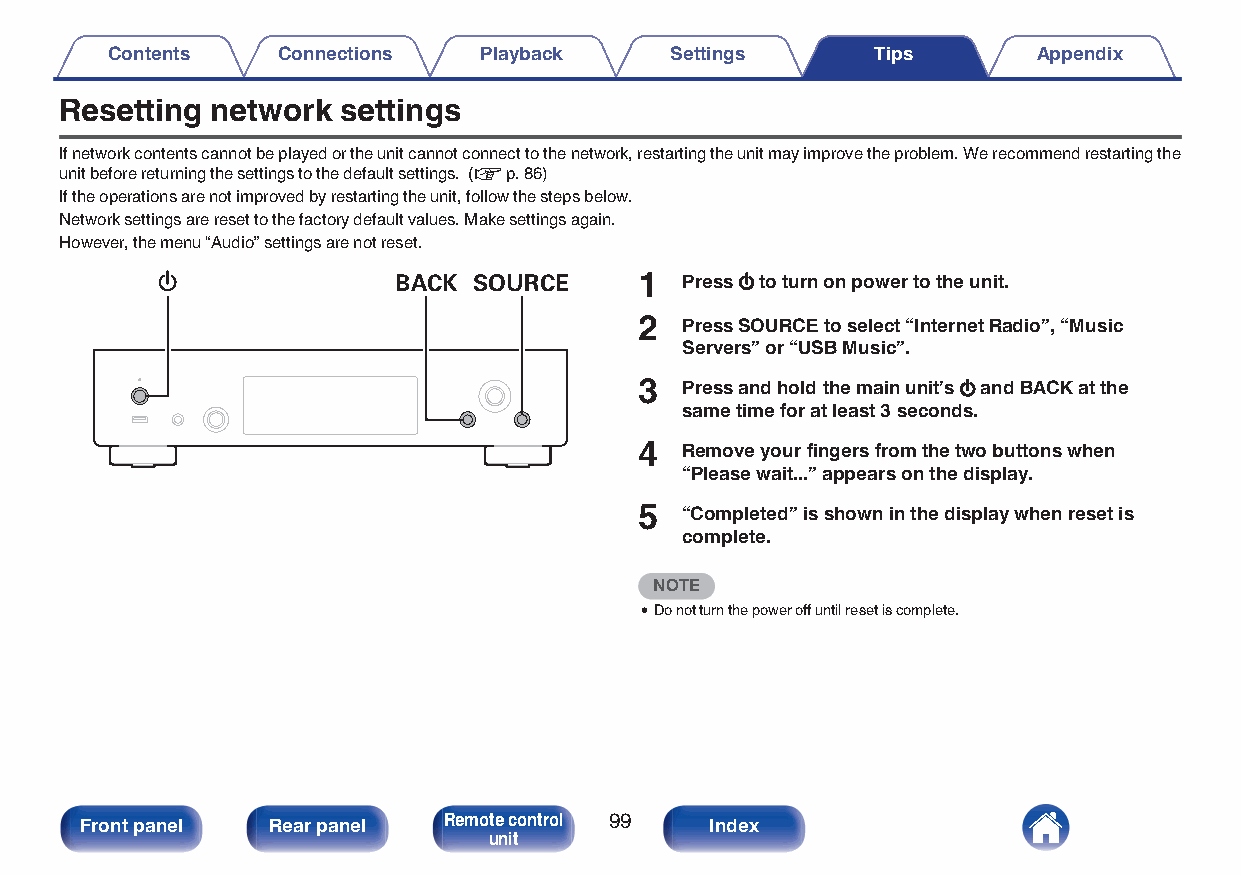
Contents   Connections   Playback    Settings      Tips       Appendix
 Resetting network  settings
 If network contents cannot be played or the unit cannot connect to the network, restarting the unit may improve the problem. We recommend restarting the
 unit before returning the settings to the default settings. (v p. 86)
 If the operations are not improved by restarting the unit, follow the steps below.
 Network settings are reset to the factory default values. Make settings again.
 However, the menu “Audio” settings are not reset.
 X               BACK SOURCE     1  Press X to turn on power to the unit.
 2  Press SOURCE to select “Internet Radio”, “Music
 Servers” or “USB Music”.
 3  Press and hold the main unit’s X and BACK at the
 same time for at least 3 seconds.
 4  Remove your fingers from the two buttons when
 “Please wait...” appears on the display.
 5  “Completed” is shown in the display when reset is
 complete.
 NOTE
 0Do not turn the power off until reset is complete.
 Front panel  Rear panel Remote control 99 Index
 unit